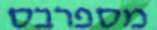
מספרבס